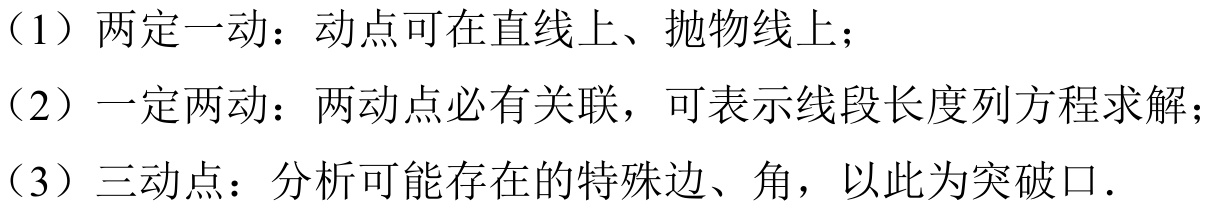
（1）两定一动：动点可在直线上、抛物线上；
（2）一定两动：两动点必有关联，可表示线段长度列方程求解；
（3）三动点：分析可能存在的特殊边、角，以此为突破口.